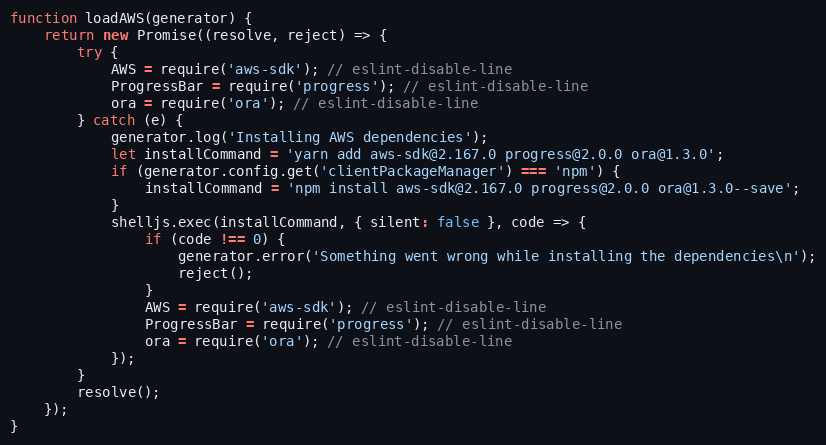
Language: JavaScript
function loadAWS(generator) {
    return new Promise((resolve, reject) => {
        try {
            AWS = require('aws-sdk'); // eslint-disable-line
            ProgressBar = require('progress'); // eslint-disable-line
            ora = require('ora'); // eslint-disable-line
        } catch (e) {
            generator.log('Installing AWS dependencies');
            let installCommand = 'yarn add aws-sdk@2.167.0 progress@2.0.0 ora@1.3.0';
            if (generator.config.get('clientPackageManager') === 'npm') {
                installCommand = 'npm install aws-sdk@2.167.0 progress@2.0.0 ora@1.3.0--save';
            }
            shelljs.exec(installCommand, { silent: false }, code => {
                if (code !== 0) {
                    generator.error('Something went wrong while installing the dependencies\n');
                    reject();
                }
                AWS = require('aws-sdk'); // eslint-disable-line
                ProgressBar = require('progress'); // eslint-disable-line
                ora = require('ora'); // eslint-disable-line
            });
        }
        resolve();
    });
}